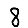
Digit: 8